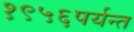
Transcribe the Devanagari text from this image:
१९५६पर्यन्त